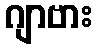
ဂျာဗား